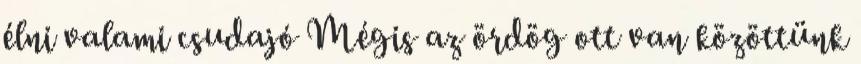
élni valami csudajó Mégis az ördög ott van közöttünk